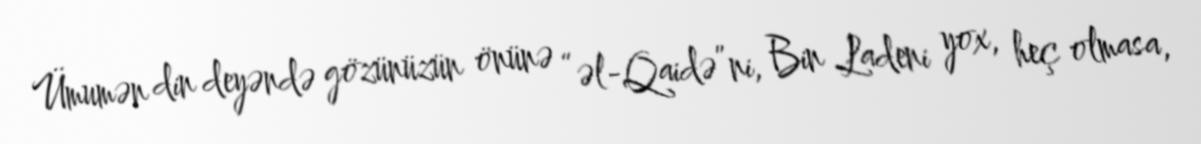
Ümumən din deyəndə gözünüzün önünə “əl-Qaidə”ni, Bin Ladeni yox, heç olmasa,